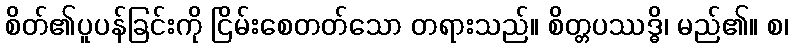
စိတ်၏ပူပန်ခြင်းကို ငြိမ်းစေတတ်သော တရားသည်။ စိတ္တပဿဒ္ဓိ၊ မည်၏။ စ၊